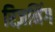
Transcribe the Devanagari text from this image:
रिज़निंग